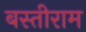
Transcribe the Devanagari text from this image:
बस्तीराम